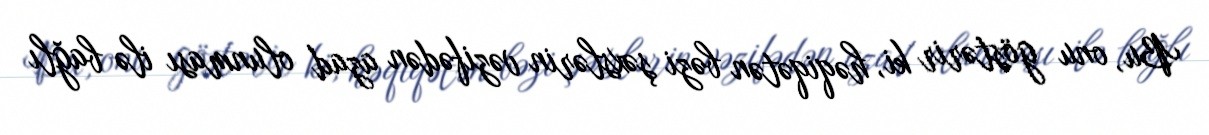
Bu, onu göstərir ki, həqiqətən bəzi şəxslərin vəzifədən azad olunması ilə bağlı